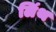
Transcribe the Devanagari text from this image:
लिंथ